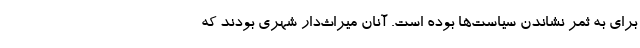
برای به ثمر نشاندن سیاست‌ها بوده است. آنان میراث‌دار شهری بودند که